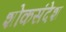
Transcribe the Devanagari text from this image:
शोकसंदेश